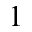
^ { 1 }